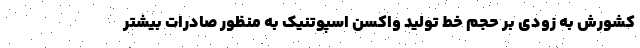
کشورش به زودی بر حجم خط تولید واکسن اسپوتنیک به منظور صادرات بیشتر